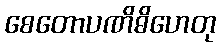
စေတောပဏိဓိဟေတု